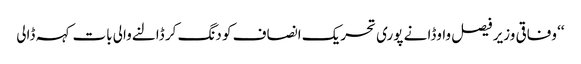
‘‘ وفاقی وزیر فیصل واوڈا نے پوری تحریک انصاف کو دنگ کر ڈالنےوالی بات کہہ ڈالی